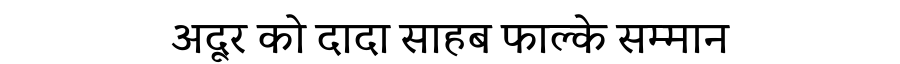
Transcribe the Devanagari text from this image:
अदूर को दादा साहब फाल्के सम्मान